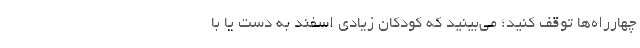
چهارراه‌ها توقف کنید؛ می‌بینید که کودکان زیادی اسفند به دست یا با